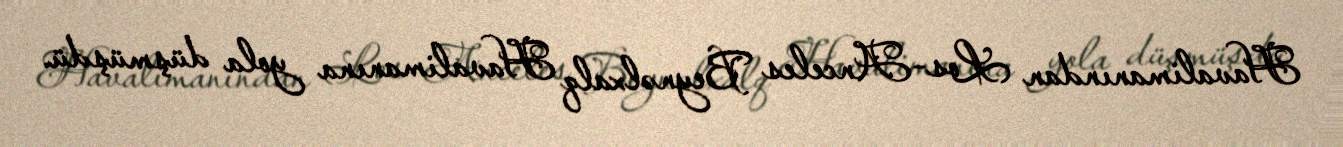
Havalimanından Los-Anceles Beynəlxalq Havalimanına yola düşmüşdü.